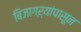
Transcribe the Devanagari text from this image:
बिजागऱ्यांपासून